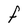
Character: F